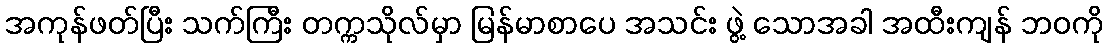
အကုန်ဖတ်ပြီး သက်ကြီး တက္ကသိုလ်မှာ မြန်မာစာပေ အသင်း ဖွဲ့ သောအခါ အထီးကျန် ဘဝကို